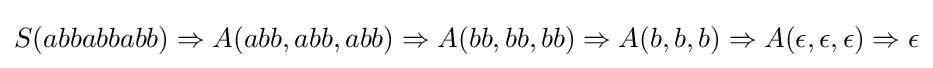
S(abbabbabb)\Rightarrow A(abb,abb,abb)\Rightarrow A(bb,bb,bb)\Rightarrow A(b,b,b)\Rightarrow A(\epsilon ,\epsilon ,\epsilon )\Rightarrow \epsilon